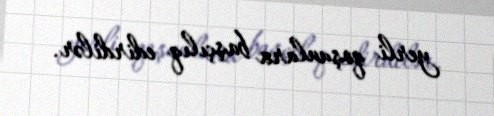
yerli qoşunlara başçılıq edirdilər.